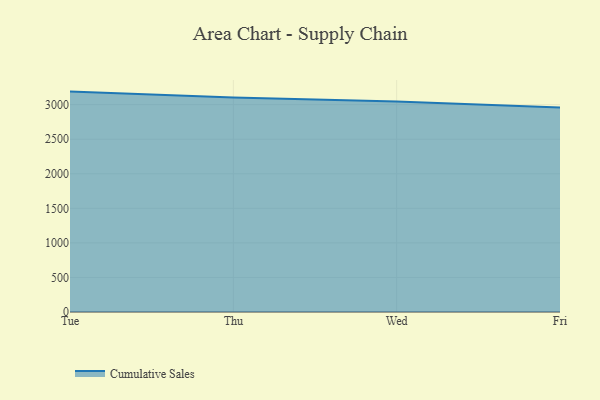
{"axis": {"x": "Day", "y": "Backlog"}, "legend": ["Cumulative Sales"], "data": [{"x": "Tue", "y": 3188.8, "type": "Cumulative Sales"}, {"x": "Thu", "y": 3103.9, "type": "Cumulative Sales"}, {"x": "Wed", "y": 3045.4, "type": "Cumulative Sales"}, {"x": "Fri", "y": 2958.1, "type": "Cumulative Sales"}]}